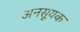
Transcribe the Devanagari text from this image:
अनसूयक